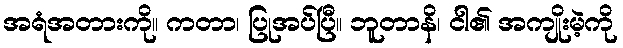
အရံအတားကို။ ကတာ၊ ပြုအပ်ပြီ။ ဘူတာနိ၊ ငါ၏ အကျိုးမဲ့ကို